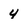
Character: 4